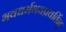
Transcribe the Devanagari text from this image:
भवधर्मभवप्रवर्तिन्